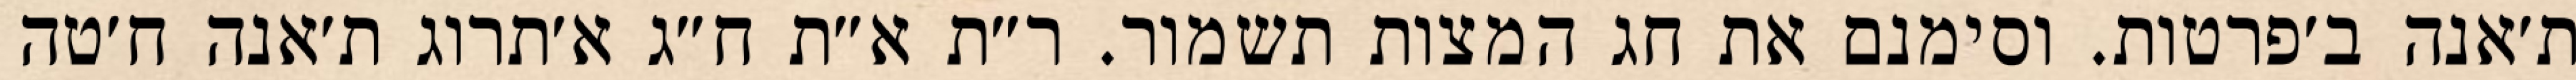
ת׳אנה ב׳פרטות. וסימנם את חג המצות תשמור. ר״ת א״ת ח״ג א׳תרוג ת׳אנה ח׳טה